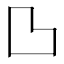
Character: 𱍫